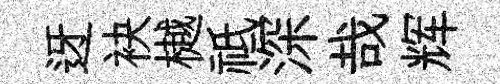
迓袂樾祗深哉辉